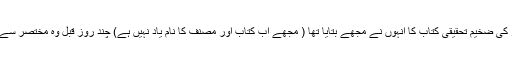
حالیہ دنوں میں عہد بنی امیہ سے متعلق ایک شامی ڈاکٹر کی ضخیم تحقیقی کتاب کا انہوں نے مجھے بتایا تھا ( مجھے اب کتاب اور مصنف کا نام یاد نہیں ہے) چند روز قبل وہ مختصر سے وقت کے لیے ملنے آئے؛ حسب معمول جلدی میں تھے۔